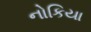
નોકિયા